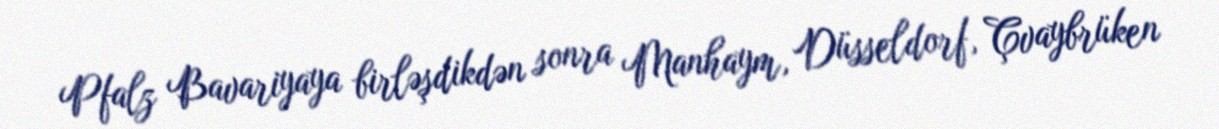
Pfalz Bavariyaya birləşdikdən sonra Manhaym, Düsseldorf, Çvaybrüken